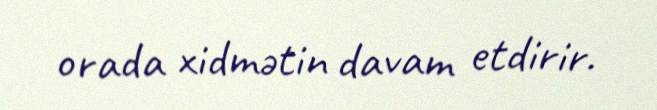
orada xidmətin davam etdirir.